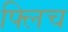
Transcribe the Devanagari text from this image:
फ्लिच